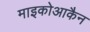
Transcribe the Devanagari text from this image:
माइकोआकैन